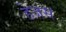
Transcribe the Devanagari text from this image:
हेजस